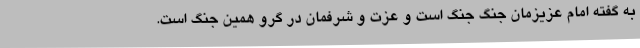
به گفته امام عزیزمان جنگ جنگ است و عزت و شرفمان در گرو همین جنگ است.